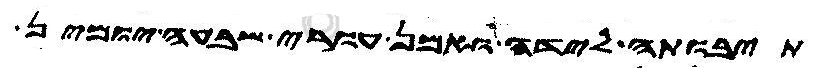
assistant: תיבותה לידה ואמן עורי שבעה יומין